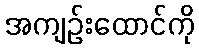
အကျဉ်းထောင်ကို